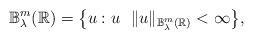
LaTeX: \begin{align*} {\mathbb B}^m_{\lambda}(\mathbb R)=\big\{u: u \,\, \, \, \|u\|_{{\mathbb B}^m_{\lambda}(\mathbb R)}<\infty\big\}, \end{align*}